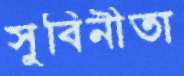
সুবিনীতা